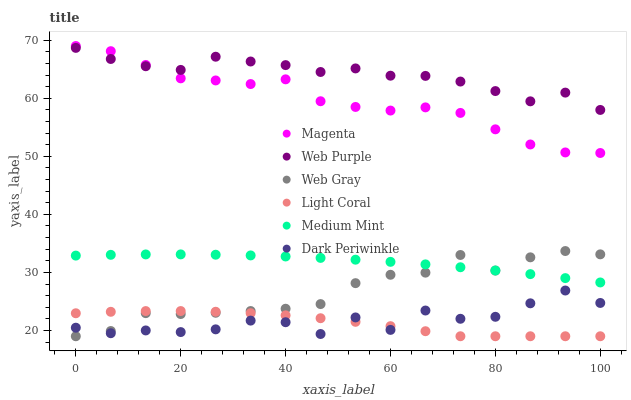
| xaxis_label | Magenta | Web Purple | Web Gray | Light Coral | Medium Mint | Dark Periwinkle |
 | --- | --- | --- | --- | --- | --- | --- |
 | 0 | 69 | 68.7 | 19 | 23 | 32.9 | 20.5 |
 | 6.67 | 68.1 | 66.8 | 19.9 | 23.2 | 33 | 19.5 |
 | 13.3 | 65.7 | 65.5 | 23 | 23.3 | 33.1 | 20 |
 | 20 | 63.4 | 64.9 | 22.8 | 23.3 | 33.1 | 19.7 |
 | 26.7 | 63.1 | 67.2 | 23 | 23.2 | 33 | 20.2 |
 | 33.3 | 62.4 | 66.3 | 23.3 | 23 | 32.9 | 21.7 |
 | 40 | 63.3 | 65.7 | 23.7 | 22.6 | 32.7 | 21.4 |
 | 46.7 | 59.5 | 64.5 | 24.5 | 22.1 | 32.5 | 19.4 |
 | 53.3 | 58.5 | 65.1 | 28.1 | 21.5 | 32.2 | 22.2 |
 | 60 | 57.9 | 63.9 | 29.6 | 20.7 | 31.8 | 20.1 |
 | 66.7 | 58.4 | 63.9 | 30 | 19.9 | 31.4 | 23.4 |
 | 73.3 | 57.5 | 62.9 | 33 | 19 | 30.9 | 22 |
 | 80 | 54.6 | 61.2 | 30.3 | 19 | 30.3 | 22.4 |
 | 86.7 | 52 | 59.5 | 32.6 | 19 | 29.7 | 24.7 |
 | 93.3 | 50.7 | 61 | 33.7 | 19 | 29 | 26.9 |
 | 100 | 50.6 | 58 | 33.1 | 19 | 28.3 | 24.7 |